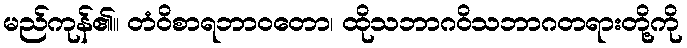
မည်ကုန်၏။ တံဝိစာရဘာဝတော၊ ထိုသဘာဂဝိသဘာဂတရားတို့ကို